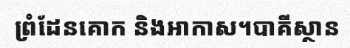
ព្រំដែនគោក និងអាកាស។បាគីស្ថាន